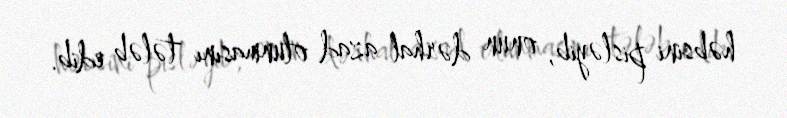
həbsini pisləyib, onun dərhal azad olunmasını tələb edib.